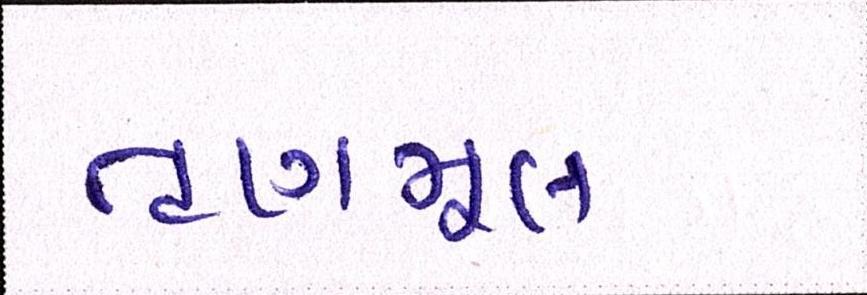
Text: તૃણમૂલ